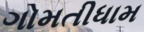
ગોમતીધામ